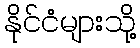
နိုင်ငံများသို့